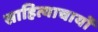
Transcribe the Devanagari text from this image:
साहित्याचार्यो